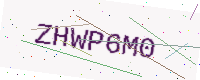
Text: ZHWP6M0